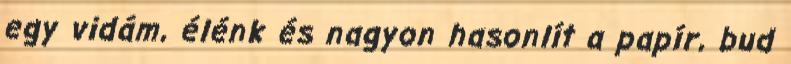
egy vidám, élénk és nagyon hasonlít a papír, bud